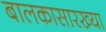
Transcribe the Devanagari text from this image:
बालकासारख्या